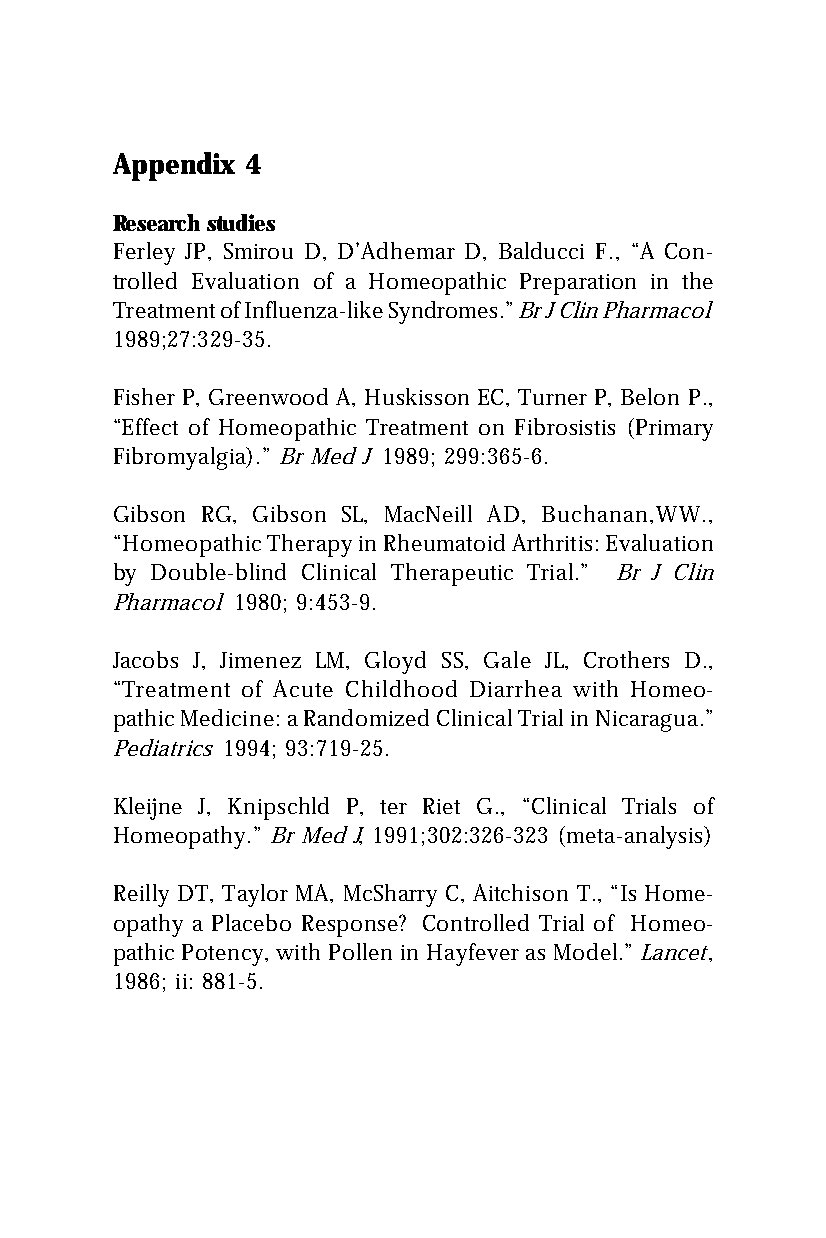
Appendix 4
 Research studies
 Ferley JP, Smirou D, D’Adhemar D, Balducci F., “A Con-
 trolled Evaluation of a Homeopathic Preparation in the
 Treatment of Influenza-like Syndromes.” Br J Clin Pharmacol
 1989;27:329-35.
 Fisher P, Greenwood A, Huskisson EC, Turner P, Belon P.,
 “Effect of Homeopathic Treatment on Fibrosistis (Primary
 Fibromyalgia).” Br Med J 1989; 299:365-6.
 Gibson RG, Gibson SL, MacNeill AD, Buchanan,WW.,
 “Homeopathic Therapy in Rheumatoid Arthritis: Evaluation
 by Double-blind Clinical Therapeutic Trial.” Br J Clin
 Pharmacol 1980; 9:453-9.
 Jacobs J, Jimenez LM, Gloyd SS, Gale JL, Crothers D.,
 “Treatment of Acute Childhood Diarrhea with Homeo-
 pathic Medicine: a Randomized Clinical Trial in Nicaragua.”
 Pediatrics 1994; 93:719-25.
 Kleijne J, Knipschld P, ter Riet G., “Clinical Trials of
 Homeopathy.” Br Med J, 1991;302:326-323 (meta-analysis)
 Reilly DT, Taylor MA, McSharry C, Aitchison T., “Is Home-
 opathy a Placebo Response? Controlled Trial of Homeo-
 pathic Potency, with Pollen in Hayfever as Model.” Lancet,
 1986; ii: 881-5.